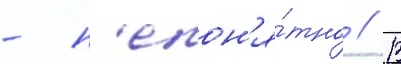
- н'епон'я́тно // В